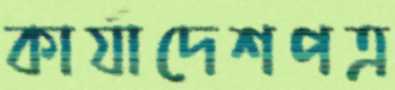
কার্যাদেশপত্র